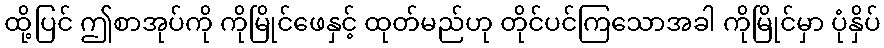
ထို့ပြင် ဤစာအုပ်ကို ကိုမြိုင်ဖေနှင့် ထုတ်မည်ဟု တိုင်ပင်ကြသောအခါ ကိုမြိုင်မှာ ပုံနှိပ်